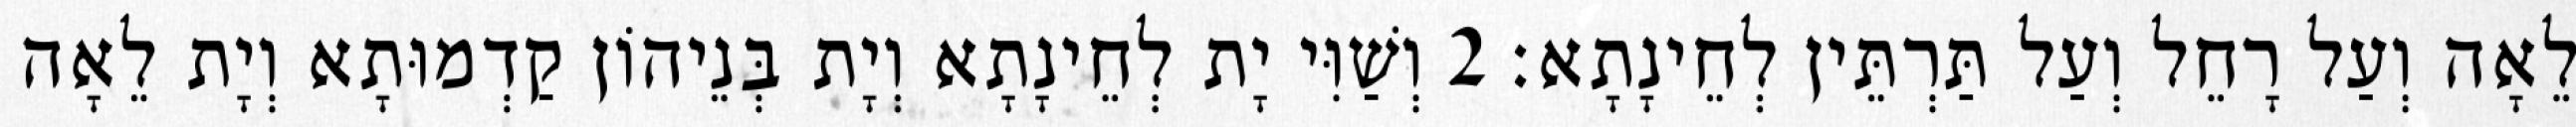
לֵאָה וְעַל רָחֵל וְעַל תַּרְתֵּין לְחֵינָתָא׃ 2 וְשַׁוִּי יָת לְחֵינָתָא וְיָת בְּנֵיהוֹן קַדְמוּתָא וְיָת לֵאָה